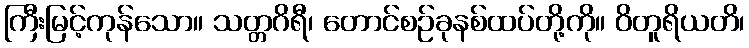
ကြီးမြင့်ကုန်သော။ သတ္တဂိရီ၊ တောင်စဉ်ခုနစ်ထပ်တို့ကို။ ဝိတူရိယတိ၊